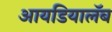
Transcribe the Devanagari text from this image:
आयडियालॅब